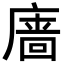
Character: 𪪞